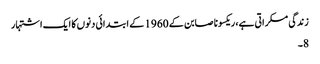
زندگی مسکراتی ہے، ریکسونا صابن کے 1960 کے ابتدائی دنوں کا ایک اشتہار
8۔